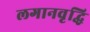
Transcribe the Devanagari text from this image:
लगानवृद्धि